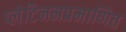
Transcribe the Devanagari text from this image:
प्लेटिनमप्रमाणित